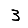
Digit: 3